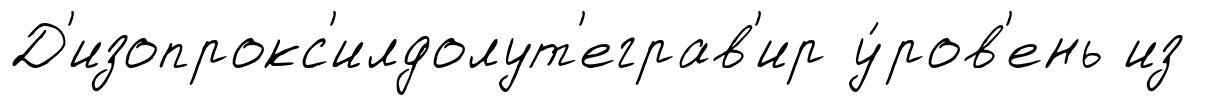
Д'изопрокс'илдолут'еграв'ир у́ров'ень из